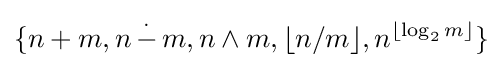
\{n+m,n\,{\stackrel {.}{-}}\,m,n\wedge m,\lfloor n/m\rfloor ,n^{\lfloor \log _{2}m\rfloor }\}